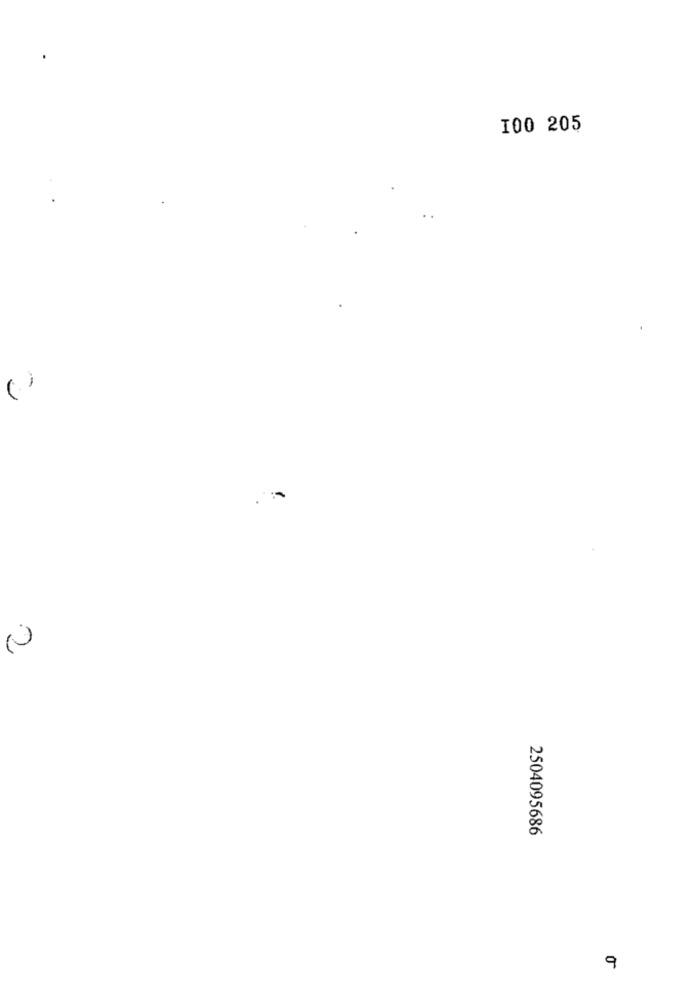
100 205
(.)
2504095686
9